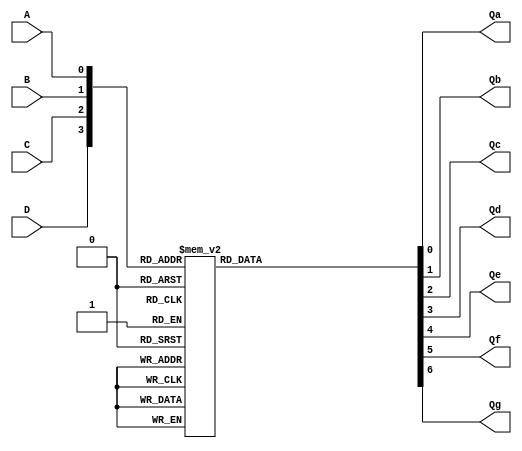
module tiny_bcd (
	A, B, C, D,
	Qa, Qb, Qc, Qd, Qe, Qf, Qg
);

	input A, B, C, D;
	output Qa, Qb, Qc, Qd, Qe, Qf, Qg;

	wire [3:0] addr;
	assign addr = {D, C, B, A};

	reg [6:0] data;
	assign {Qg, Qf, Qe, Qd, Qc, Qb, Qa} = data;

	always @(addr) begin
		case (addr)
			0: data = 7'h3F;
			1: data = 7'h06;
			2: data = 7'h5B;
			3: data = 7'h4F;
			4: data = 7'h66;
			5: data = 7'h6D;
			6: data = 7'h7D;
			7: data = 7'h27;
			8: data = 7'h7F;
			9: data = 7'h6F;
			10: data = 7'h77;
			11: data = 7'h7C;
			12: data = 7'h39;
			13: data = 7'h5E;
			14: data = 7'h79;
			15: data = 7'h71;
		endcase
	end

endmodule